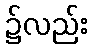
၌လည်း